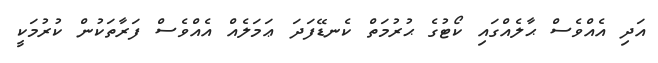
އަދި އެއްވެސް ޙާލެއްގައި ކޯޓުގެ ޙުރުމަތް ކެނޑޭފަދަ ޢަމަލެއް އެއްވެސް ފަރާތަކުން ކުރުމަކީ